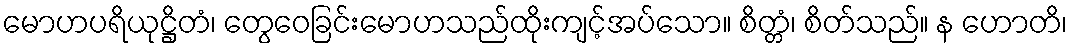
မောဟပရိယုဋ္ဌိတံ၊ တွေဝေခြင်းမောဟသည်ထိုးကျင့်အပ်သော။ စိတ္တံ၊ စိတ်သည်။ န ဟောတိ၊